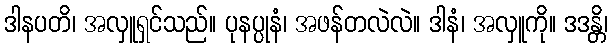
ဒါနပတိ၊ အလှူရှင်သည်။ ပုနပ္ပုနံ၊ အဖန်တလဲလဲ။ ဒါနံ၊ အလှူကို။ ဒဒန္တိ၊